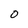
Character: O